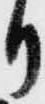
り